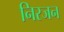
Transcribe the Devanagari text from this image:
निरजन